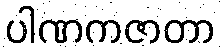
ပါဏကဇာတာ